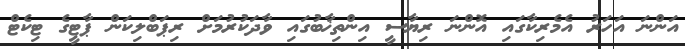
އަންނަ އަހަރު އެމެރިކާގައި އޮންނަ ރިޔާސީ އިންތިޚާބުގައި ވާދަކުރުމަށް ރިޕަބްލިކަން ޕާޓީގެ ޓިކެޓް